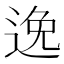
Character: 𨓜